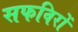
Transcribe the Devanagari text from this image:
सफविरों